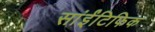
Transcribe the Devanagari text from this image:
सांईंटिफिक